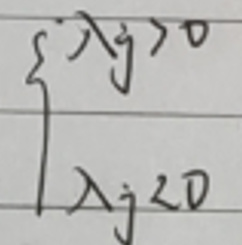
\[
\begin{cases}
\lambda_j > 0 \\
\lambda_j \geq 0
\end{cases}
\]